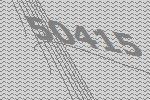
50415